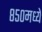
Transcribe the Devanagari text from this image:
८५०मध्ये